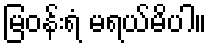
မြဝန်းရံ မရယ်မိပါ။